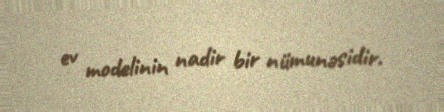
ev modelinin nadir bir nümunəsidir.